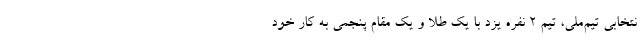
نتخابی تیم‌ملی، تیم ۲ نفره یزد با یک طلا و یک مقام پنجمی به کار خود